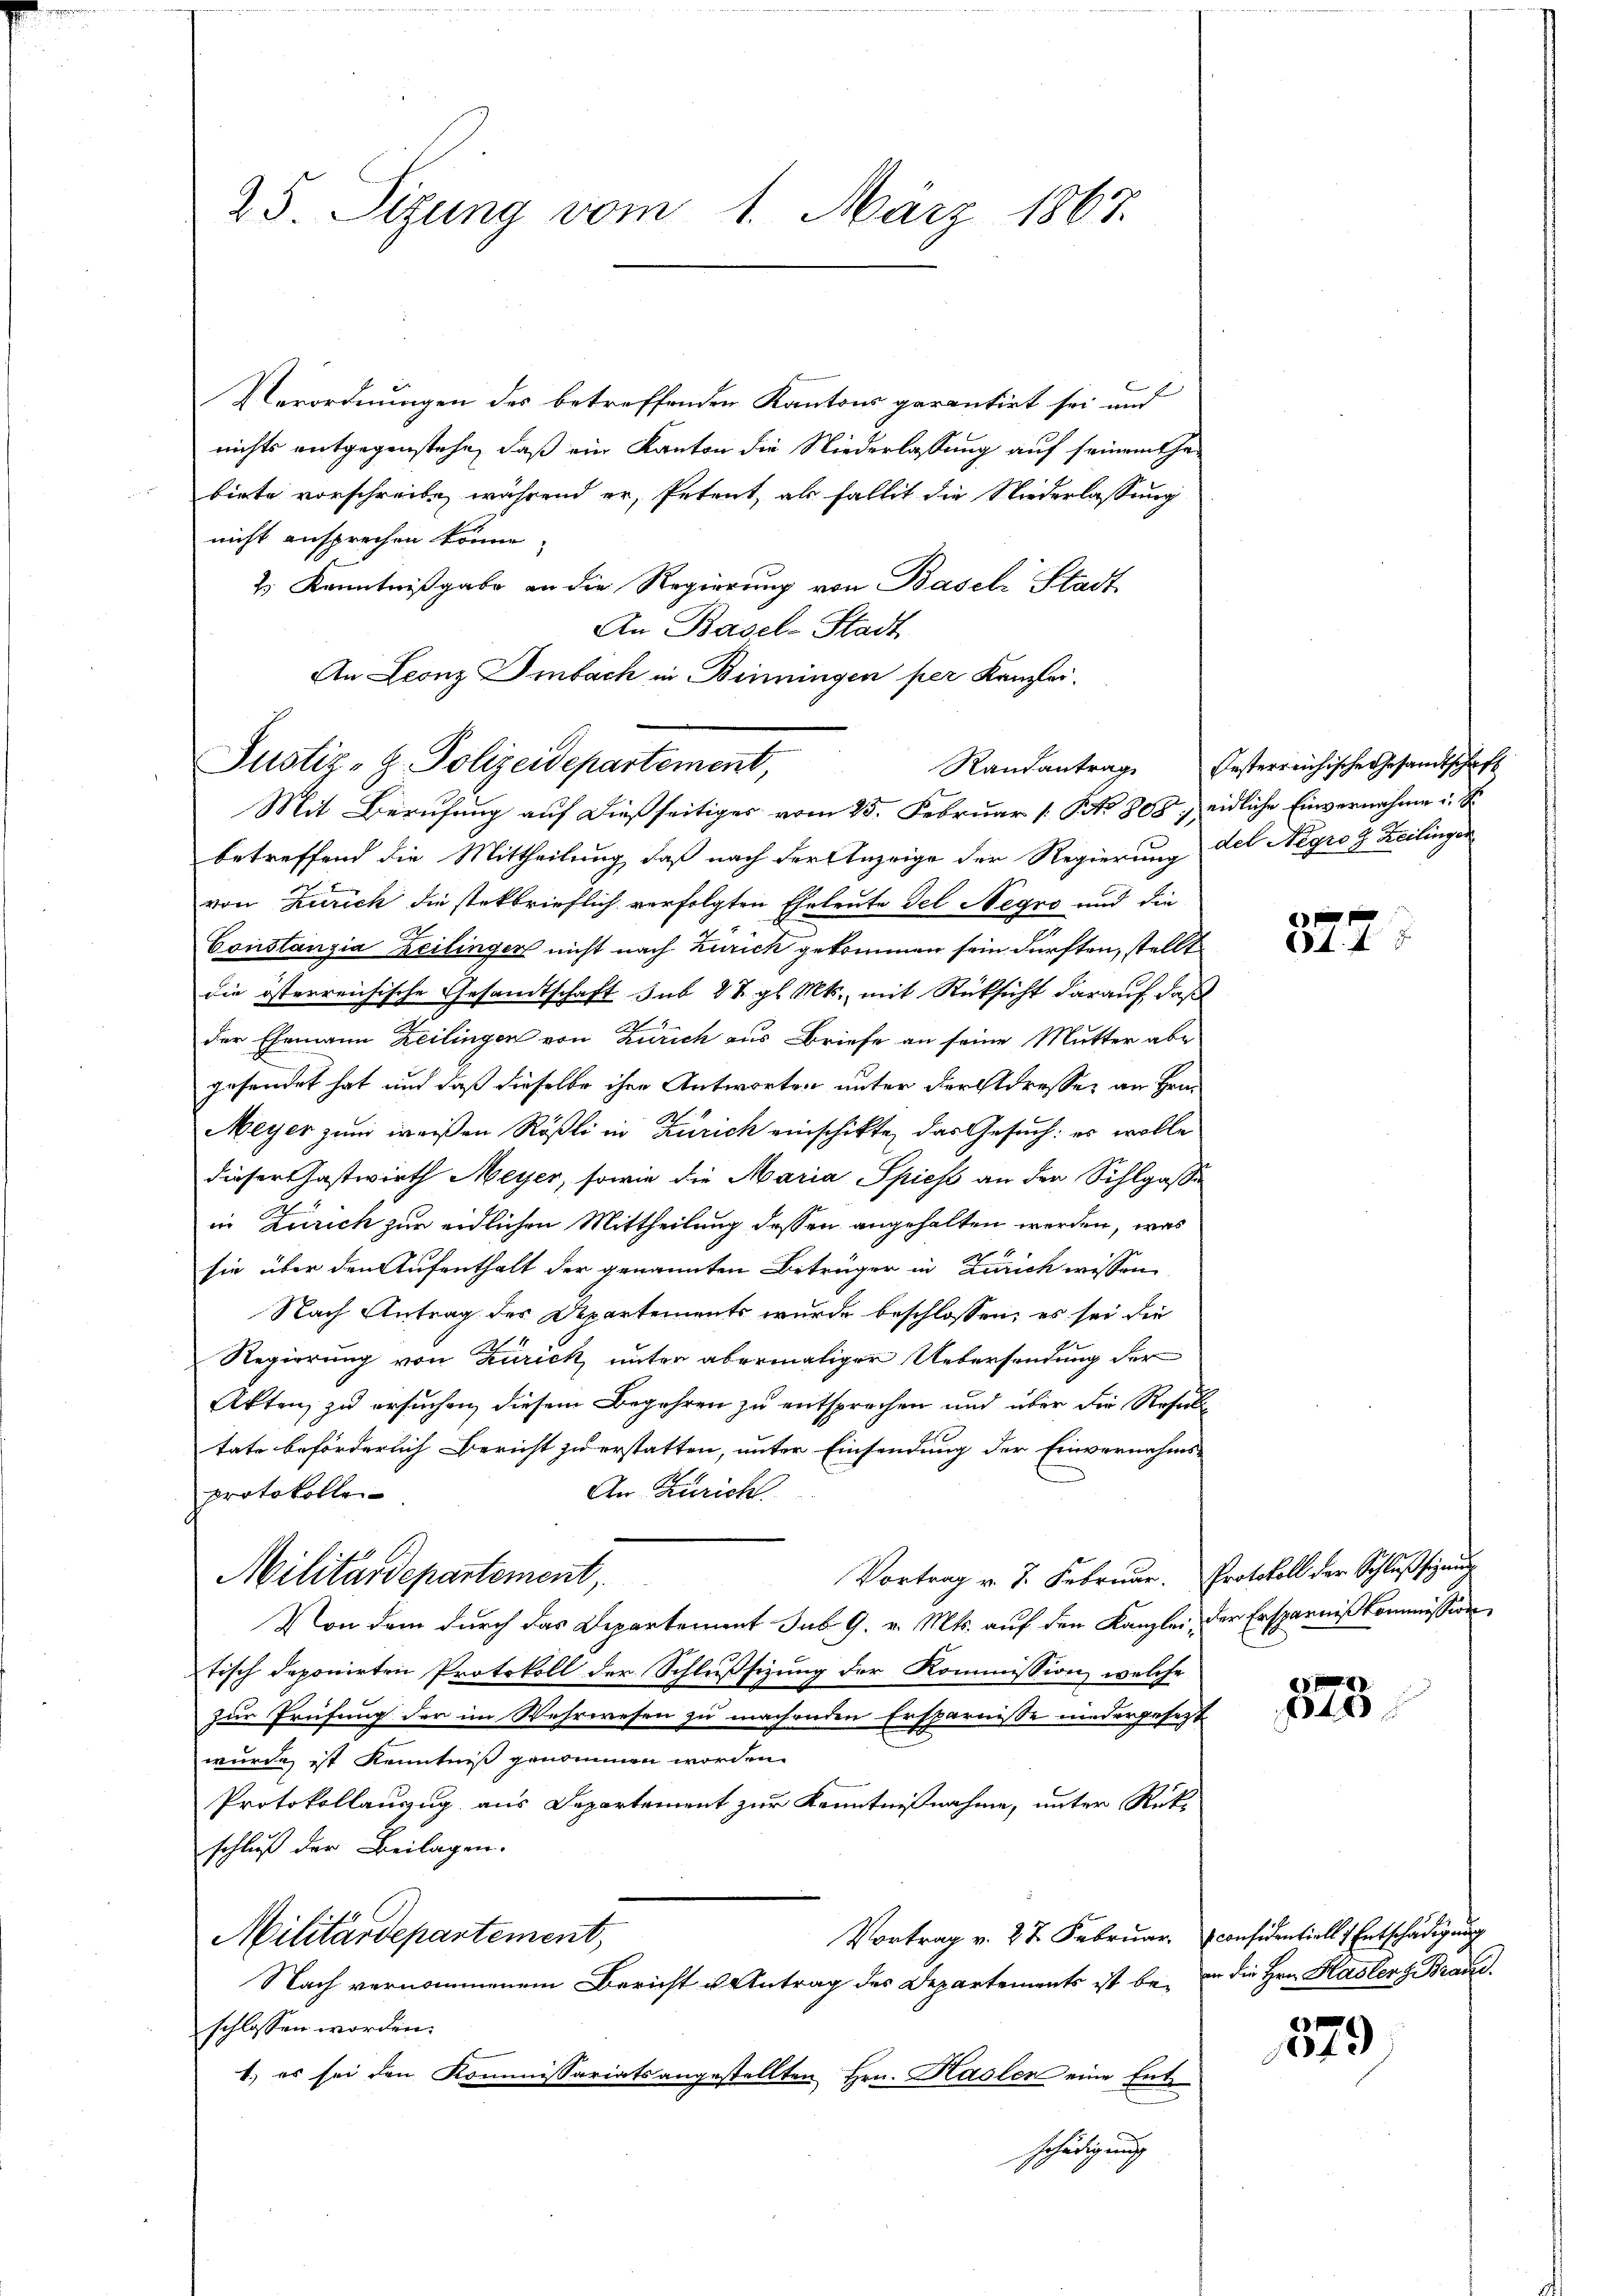
25. Sizung vom 1. März 1867.

Verordnungen des betreffenden Kantons parentirt sei und
nichts entgegenstehe, daß ein Kanton die Niederlassung auf seinem Gebirte vorschreibe, während er, Petent, als fallit die Niederlassung
nicht ansprechen könne,
2.) Kenntnißgabe an die Regierung von Basel Stadt
An Basel-Stadt
An Leonz Imbach in Benningen per Kanzlei.

Justiz-H. Polizeidepartement,
Mit Berufung auf dießseitiges vom 25. Februar [ P NNo. 808. eidliche Einvernahme i. S.

betreffend die Mittheilung, daß nach der Anzeige der Regierung des Negro z. Zeilinger
von Zürich die steckbrieflich verfolgten Eheleute del Negro und die
Constanzia eilinger nicht nach Zurick gekommen sein dürften, stellt
die österreichische Gesandtschaft sub 27. gl. Mts., mit Rücksicht darauf daß
2
der Ehemann Zeilingen von Zürich aus Briefe an seine Mutter abe
gesendet hat, und daß dieselbe ihre Antworten unter der Adresser an Hrn.
Meyer zum weißen Rößli in Zürich einschikte das Gesuch: es wolle
dieser Gastwirth Meyer, sowie die Maria Spies an der Sihlgasse
in Zürich zur eidlichen Mittheilung dessen angehalten werden, was
sie über den Aufenthalt der genannten Beträger in Zürich wissen
Nach Antrag des Departements wurde beschlossen, es sei die
Regierung von Zürick, unter abermaliger Uebersendung der
Akten, zu ersuchen, diesem Begehren zu entsprochen und über die Resultate beförderlich Bericht zu erstatten, unter Einsendung der Einvernahms-
An Züricht
protokolle
Vortrag v. J. Februar. Protokoll der Schlußsigung
Militärdepartement,
Von dem durch das Departement sub 9. v. Mts. auf den Kanzlei, der Ersparnißkommission
tisch deponirten Protokoll der Schlußsizung der Kommission welche
zur Prüfung der im Wehrwesen zu machenden Ersparnisse niedergesetzt
wurde ist Kenntniß genommen worden.
Protokollauszug aus Departement zur Kenntnißnahme, unter Rück-
schluß der Beilagen.
Vortrag v. 27 Februar considentiell & Entschädigung
Militärdepartement,
Nach vernommenem Bericht u Antrag des Departements ist bei in die Hrn. Hasler z. Brandschlossen worden.
1) es sei den Kommissariats angestellten Hrn. Kasler eine Entschädigung

Randantrag festerreichische Gesandtschaft

377.

6
4

e
140